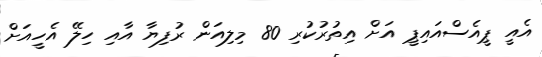
އެއީ ޕީއެސްއައިޕީ އަށް އިތުރުކުރި 80 މިލިއަން ރުފިޔާ އާއި ހިލޭ އެހީއަށް